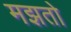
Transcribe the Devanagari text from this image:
मझतो